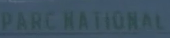
PARC NATIONAL